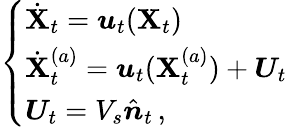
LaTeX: \left\{ \begin{array}{ll}{\dot{\mathbf X}_{t}={\boldsymbol u}_{t}({\mathbf X}_{t})}\\ {\dot{\mathbf X}_{t}^{(a)}={\boldsymbol u}_{t}({\mathbf X}_{t}^{(a)})+{\boldsymbol U}_{t}}\\ {{\boldsymbol U}_{t}=V_{s}\hat{{\boldsymbol n}}_{t}\, ,}\end{array}\right.